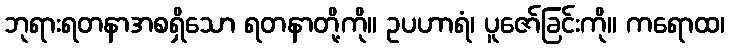
ဘုရားရတနာအစရှိသော ရတနာတို့ကို။ ဥပဟာရံ၊ ပူဇော်ခြင်းကို။ ကရောထ၊